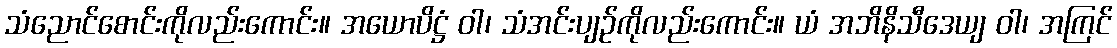
သံညောင်စောင်းကိုလည်းကောင်း။ အယောပိဋ္ဌံ ဝါ၊ သံအင်းပျဉ်ကိုလည်းကောင်း။ ယံ အဘိနိသီဒေယျ ဝါ၊ အကြင်